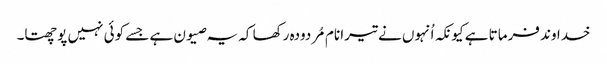
خداوند فرماتا ہے کیونکہ اُنہوں نے تیرا نام مُردودہ رکھا کہ یہ صیون ہے جسے کوئی نہیں پوچھتا۔